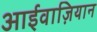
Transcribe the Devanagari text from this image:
आईवाज़ियान